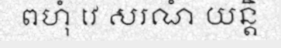
ពហុំ វេ សរណំ យន្តិ